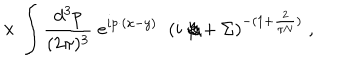
\times \, \int \frac { d ^ { 3 } p } { ( 2 \pi ) ^ { 3 } } \; e ^ { i p \cdot ( x - y ) } \; \; ( i \not \! p + \Sigma ) ^ { - ( 1 + \frac { 2 } { \pi N } ) } \; ,